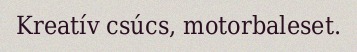
Kreatív csúcs, motorbaleset.